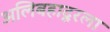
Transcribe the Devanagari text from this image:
अलिबहादूरला